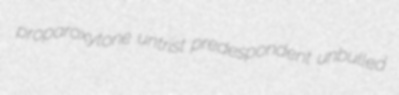
proparoxytone untrist predespondent unbulled